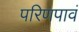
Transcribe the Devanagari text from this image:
परिणपावं